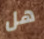
هل